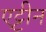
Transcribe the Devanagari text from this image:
एट्टीन